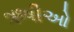
ઋષીઓ